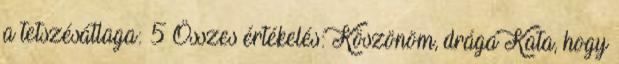
a tetszésátlaga: 5 Összes értékelés: Köszönöm, drága Kata, hogy